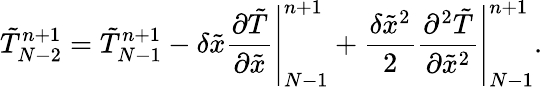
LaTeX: \tilde{T}_{N-2}^{n+1}=\tilde{T}_{N-1}^{n+1}-\delta\tilde{x}\left.{\frac{{\partial\tilde{T}}}{{\partial\tilde{x}}}}\right|_{N-1}^{n+1}+\frac{{\delta{{\tilde{x}}^{2}}}}{2}\left.{\frac{{{\partial^{2}}\tilde{T}}}{{\partial{{\tilde{x}}^{2}}}}}\right|_{N-1}^{n+1}.